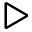
\triangleright